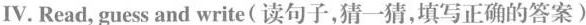
Ⅳ.Read, guess and write(读句子,猜一猜,填写正确的答案)